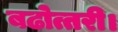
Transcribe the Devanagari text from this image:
बढोत्तरी।